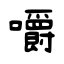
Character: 嚼